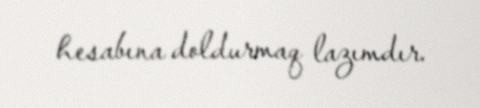
hesabına doldurmaq lazımdır.